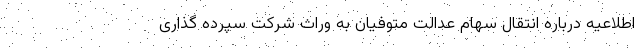
اطلاعیه درباره انتقال سهام عدالت متوفیان به وراث شرکت سپرده گذاری